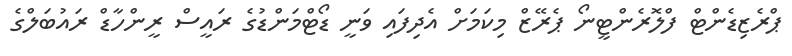
ޕްރެޒިޑެންޓް ފްލޮރެންޓީނޯ ޕެރޭޒް މިކަމަށް އެދިފައި ވަނީ ޑޯޓްމަންޑުގެ ރައީސް ރީންހާޑް ރައުބަލްގެ